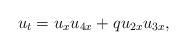
LaTeX: \begin{align*}u_t=u_xu_{4x}+qu_{2x}u_{3x},\end{align*}